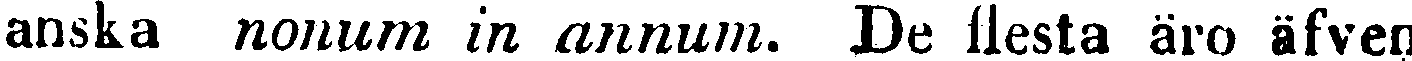
anska nonum in annum. De flesta äro äfven